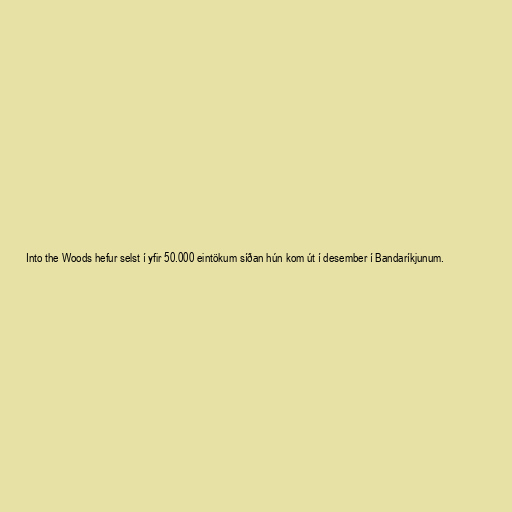
Into the Woods hefur selst í yfir 50.000 eintökum síðan hún kom út í desember í Bandaríkjunum.